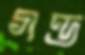
গণ্ড